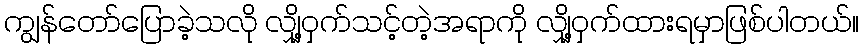
ကျွန်တော်ပြောခဲ့သလို လျှို့ဝှက်သင့်တဲ့အရာကို လျှို့ဝှက်ထားရမှာဖြစ်ပါတယ်။